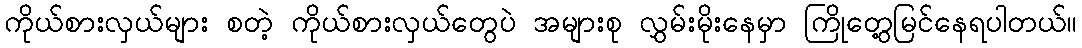
ကိုယ်စားလှယ်များ စတဲ့ ကိုယ်စားလှယ်တွေပဲ အများစု လွှမ်းမိုးနေမှာ ကြိုတွေ့မြင်နေရပါတယ်။